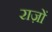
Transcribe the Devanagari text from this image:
राज़ों